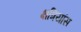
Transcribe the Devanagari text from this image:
क्षत्रियांस